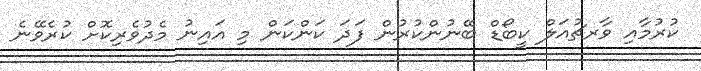
ކުރުމާއި ވާރޗުއަލް ކީބޯޑް ބޭނުންކުރުން ފަދަ ކަންކަން މި އައިނު މެދުވެރިކޮށް ކުރެވޭނެ